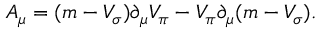
{ \cal A } _ { \mu } = ( m - V _ { \sigma } ) \partial _ { \mu } V _ { \pi } - V _ { \pi } \partial _ { \mu } ( m - V _ { \sigma } ) .